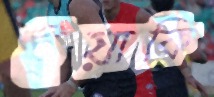
ইয়াকি